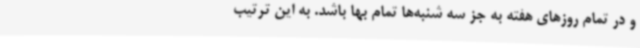
و در تمام روزهای هفته به جز سه شنبه‌ها تمام بها باشد. به این ترتیب